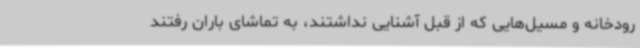
رودخانه و مسیل‌هایی که از قبل آشنایی نداشتند، به تماشای باران رفتند